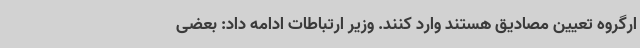
ارگروه تعیین مصادیق هستند وارد کنند. وزیر ارتباطات ادامه داد: بعضی